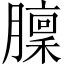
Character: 𦡣